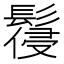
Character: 𩮕